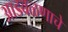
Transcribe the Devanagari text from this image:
आडवळणाचे